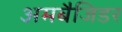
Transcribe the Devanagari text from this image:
अमबैजिडर